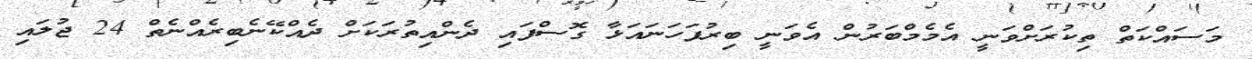
މަސައްކަތް ތިކުރަށްވަނީ އެމެމްބަރުން އެވަނީ ބިރުފަހަނައަޅާ ގޮސްފައި ދެންއިތުރަކަށް ދެއްކޭނެބިރެއްނެތް 24 ޖުލައި